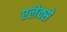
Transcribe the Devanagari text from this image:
एलेक्से